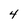
Character: 4